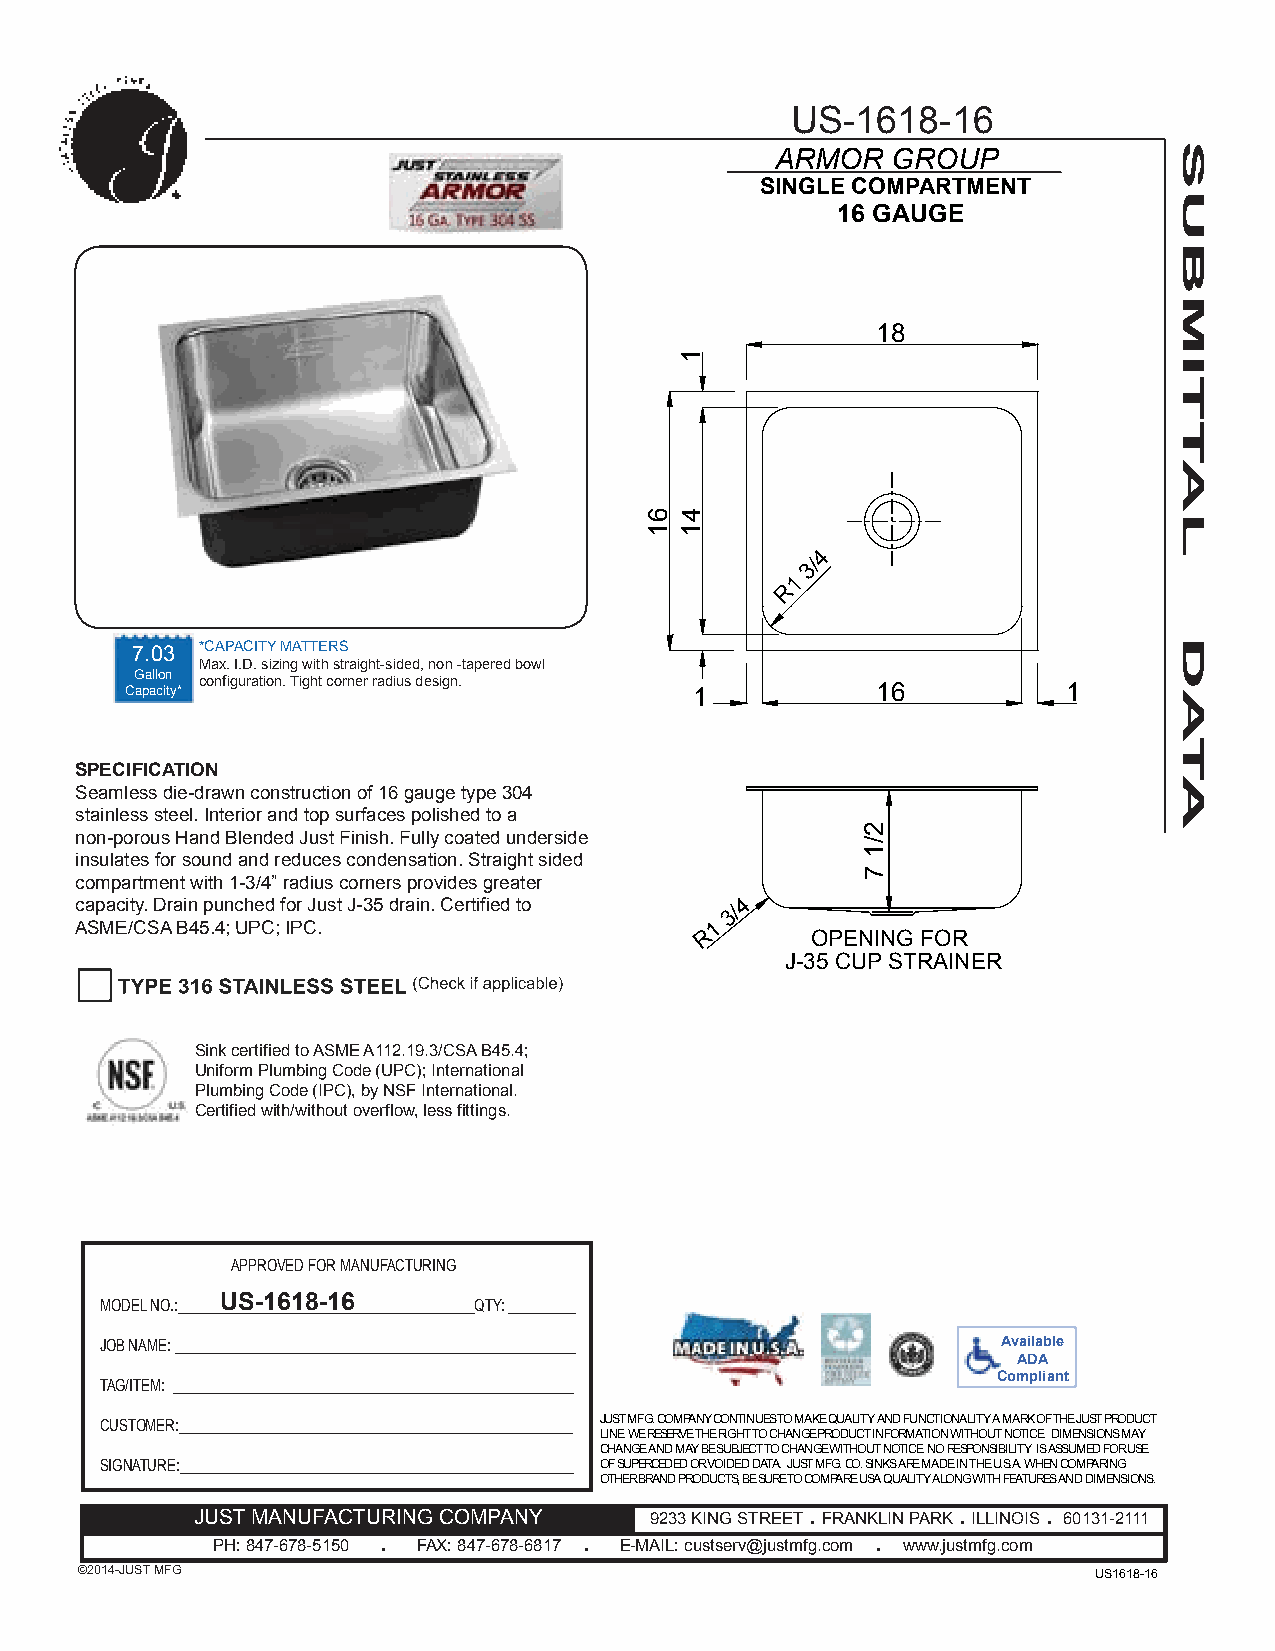
US-1618-16
 ARMOR   GROUP
 SINGLE COMPARTMENT
 16 GAUGE
 18
 4
 3/
 1
 R
 7.03 *CAPACITY MATTERS
 Max. I.D. sizing with straight-sided, non -tapered bowl
 Gallon configuration. Tight corner radius design.
 Capacity*                             1           16           1
 SPECIFICATION
 Seamless die-drawn construction of 16 gauge type 304
 stainless steel. Interior and top surfaces polished to a
 non-porous Hand Blended Just Finish. Fully coated underside
 insulates for sound and reduces condensation. Straight sided
 compartment with 1-3/4” radius corners provides greater
 capacity. Drain punched for Just J-35 drain. Certified to 3/4
 ASME/CSA B45.4; UPC; IPC.                 1
 R      OPENING FOR
 J-35 CUP STRAINER
 Sink certified to ASME A112.19.3/CSA B45.4;
 Uniform Plumbing Code (UPC); International
 Plumbing Code (IPC), by NSF International.
 Certified with/without overflow, less fittings.
 APPROVED FOR MANUFACTURING
 MODEL NO.:______U___S__-_1__6__1__8__-_1__6_________________QTY: _________
 JOB NAME: ______________________________________________________ Available
 ADA
 Compliant
 TAG/ITEM: ______________________________________________________
 CUSTOMER:_____________________________________________________ JUST MFG. COMPANY CONTINUES TO MAKE QUALITY AND FUNCTIONALITY A MARK OF THE JUST PRODUCT
 LINE. WE RESERVE THE RIGHT TO CHANGE PRODUCT INFORMATION WITHOUT NOTICE. DIMENSIONS MAY
 CHANGE AND MAY BE SUBJECT TO CHANGE WITHOUT NOTICE. NO RESPONSIBILITY IS ASSUMED FOR USE
 SIGNATURE:_____________________________________________________ OF SUPERCEDED OR VOIDED DATA. JUST MFG. CO. SINKS ARE MADE IN THE U.S.A. WHEN COMPARING
 OTHER BRAND PRODUCTS, BE SURE TO COMPARE USA QUALITY ALONG WITH FEATURES AND DIMENSIONS.
 JUST MANUFACTURING COMPANY    9233 KING STREET. FRANKLIN PARK. ILLINOIS. 60131-2111
 .             .                  .
 PH: 847-678-5150 FAX: 847-678-6817 E-MAIL: custserv@justmfg.com www.justmfg.com
 ©2014-JUST MFG                                                     US1618-16
 61
 1
 41
 2/1
 7
 SUBMITTAL
 DATA